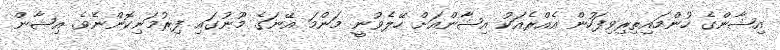
އިޝާންގެ ހުންމައިތިރިވިފަހުން އެއްރެއަކު އިޝާންއަށް ހޭލެވުނީ މަންމަ އޭނަގެ މޫނުގައި ފިރުމަނިކޮންނެވެ. އިޝާން